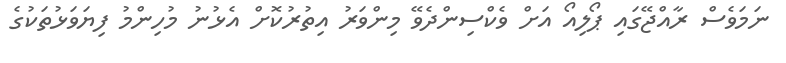
ނަމަވެސް ރާއްޖޭގައި ޕޯލިއޯ އަށް ވެކްސިންދެވޭ މިންވަރު އިތުރުކޮށް އެޅުނު މުހިންމު ފިޔަވަޅުތަކުގެ